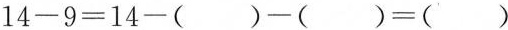
$$1 4 - 9 = 1 4 - ( ) - ( ) = ( )$$